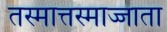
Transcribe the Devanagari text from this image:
तस्मात्तस्माज्जाता